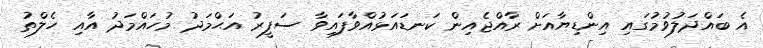
އެ ބައްދަލުވުމުގައި އިންޑިޔާއަށް ރާއްޖެއިން ކަނޑައަޅުއްވާފައިވާ ސަފީރު އަޙްމަދު މުހައްމަދު އާއި ހެލްތު